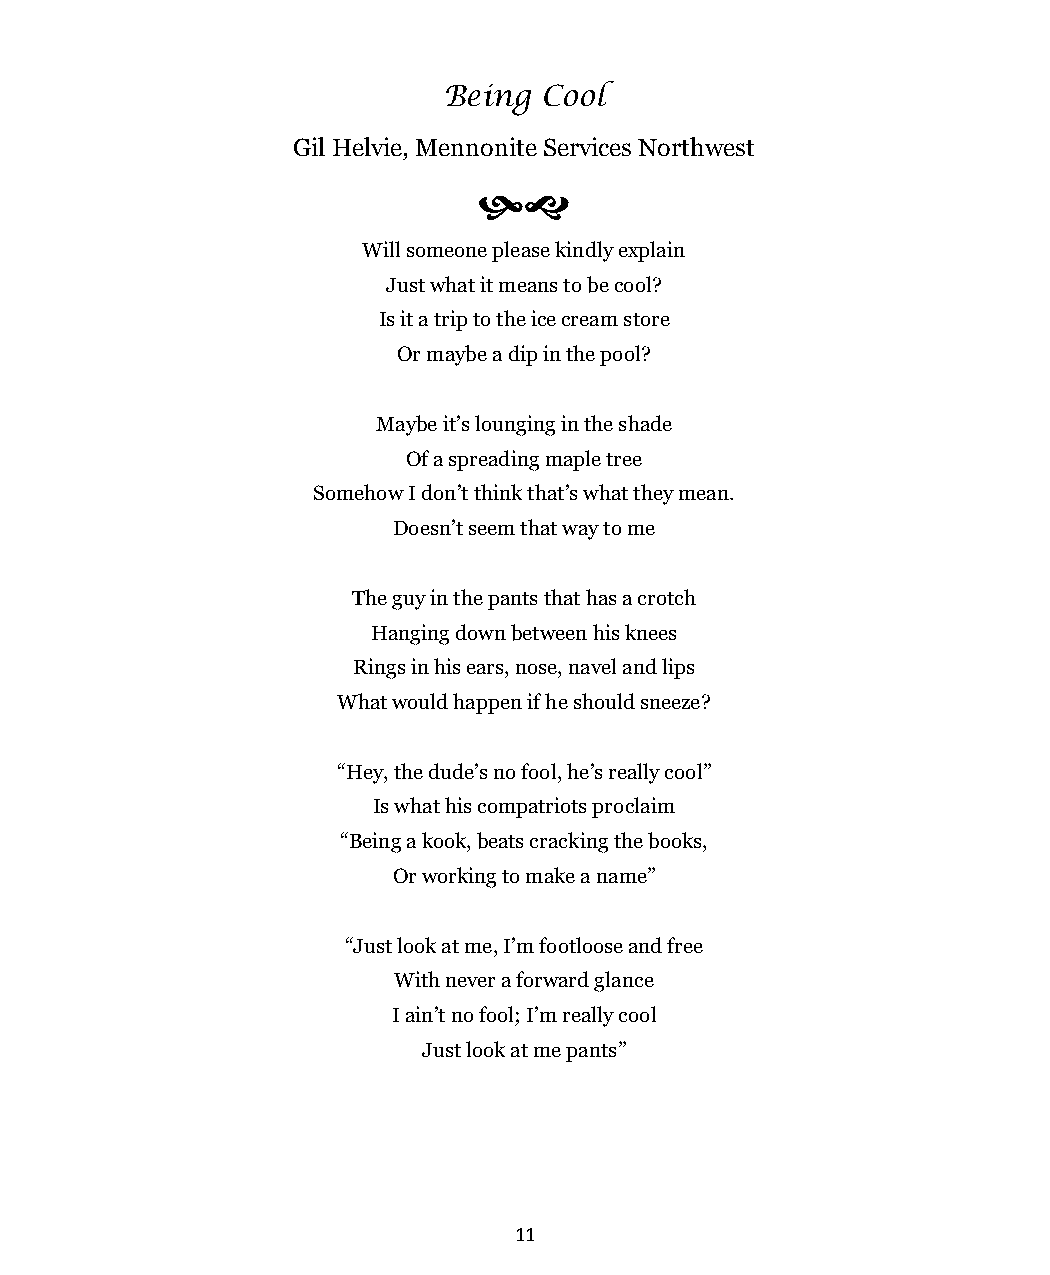
Being  Cool
 Gil Helvie, Mennonite Services Northwest
 
 Will someone please kindly explain
 Just what it means to be cool?
 Is it a trip to the ice cream store
 Or maybe a dip in the pool?
 Maybe it’s lounging in the shade
 Of a spreading maple tree
 Somehow I don’t think that’s what they mean.
 Doesn’t seem that way to me
 The guy in the pants that has a crotch
 Hanging down between his knees
 Rings in his ears, nose, navel and lips
 What would happen if he should sneeze?
 “Hey, the dude’s no fool, he’s really cool”
 Is what his compatriots proclaim
 “Being a kook, beats cracking the books,
 Or working to make a name”
 “Just look at me, I’m footloose and free
 With never a forward glance
 I ain’t no fool; I’m really cool
 Just look at me pants”
 11